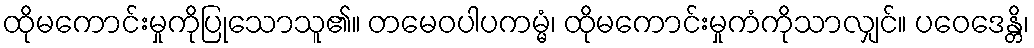
ထိုမကောင်းမှုကိုပြုသောသူ၏။ တမေဝပါပကမ္မံ၊ ထိုမကောင်းမှုကံကိုသာလျှင်။ ပဝေဒေန္တိ၊